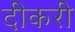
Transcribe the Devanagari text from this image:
दीकरी